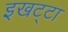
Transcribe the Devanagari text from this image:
इखट्टा